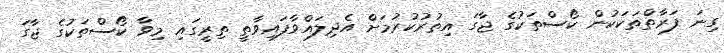
ގިނަ ފަރާތްތަކަކުން ކޯސްތަކުގެ ޖާގަ އިތުރުކުރުމަށް އެދިލައްވާފައިވާތީ ތިރީގައި މިވާ ކޯސްތަކުގެ ޖާގަ